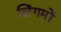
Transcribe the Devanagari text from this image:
लिंगमों